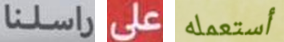
راسلنا على أستعمله